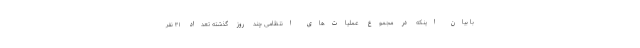
با بیان اینکه در مجموع عملیات‌های انتظامی چند روز گذشته تعداد ۳۱ نفر